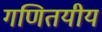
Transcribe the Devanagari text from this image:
गणितयीय